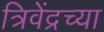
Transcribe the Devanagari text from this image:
त्रिवेंद्रच्या